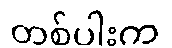
တစ်ပါးက